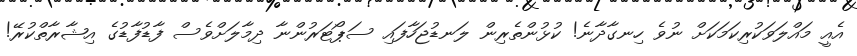
އެއީ މައްލަވަކުރިކަމަކަށް ނުވެ ހިނގާދާނެ! ކުޅުންތެރިން ލަނޑުޖަހާފައި ސަޕޯޓަރުންނާ ދިމާލަށްވެސް ފާޑުފާޑުގެ އިޝާރާތްކުރޭ!